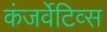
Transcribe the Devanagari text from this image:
कंजर्वेटिव्स